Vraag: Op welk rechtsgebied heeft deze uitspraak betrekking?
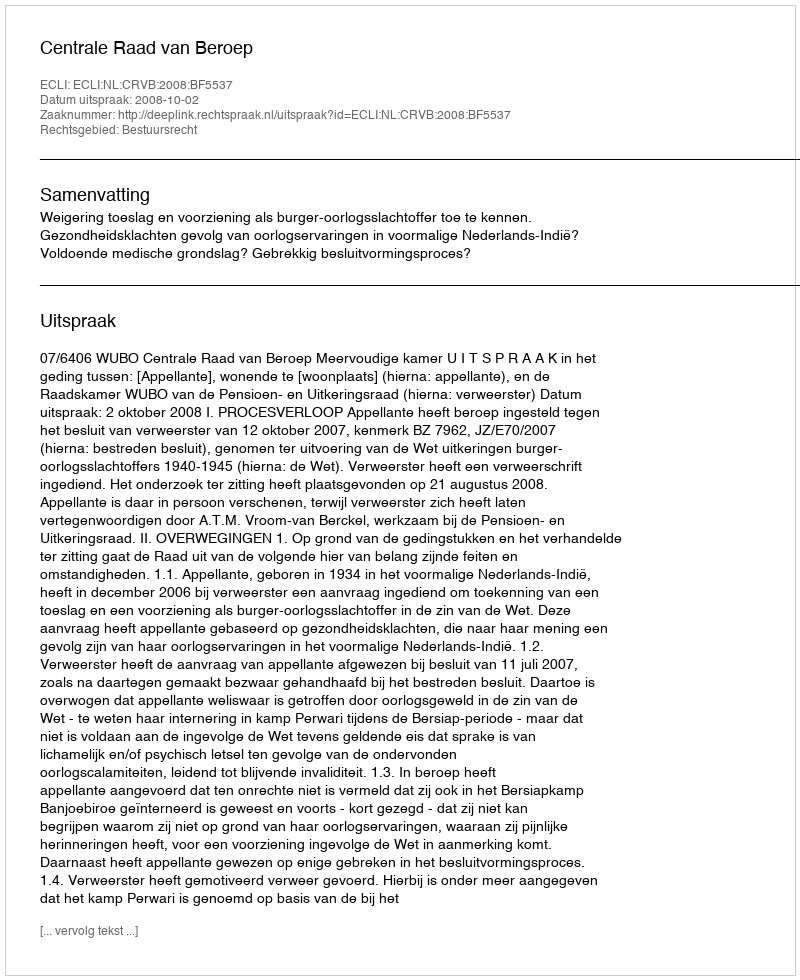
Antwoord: Bestuursrecht